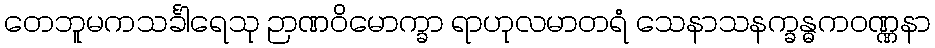
တေဘူမကသင်္ခါရေသု ဉာဏဝိမောက္ခာ ရာဟုလမာတရံ သေနာသနက္ခန္ဓကဝဏ္ဏနာ